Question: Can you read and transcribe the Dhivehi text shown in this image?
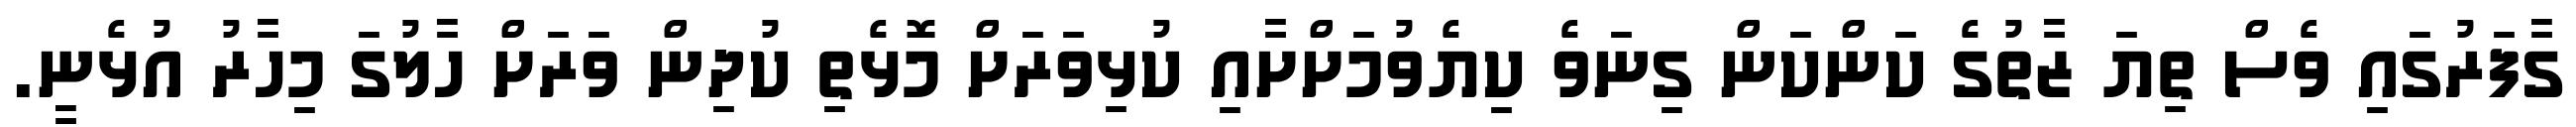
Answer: ގާފަރުގައި ވެސް ތިޔަ ޒާތުގެ ކަންކަން ގިނަވެ ކިޔެވުމަށްށާއި ކުޅިވަރަށް މޮޅެތި ކުދިން ވަރަށް ހާލުގަ މިހާރު އުޅެނީ.